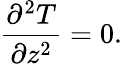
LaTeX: \frac{\partial^{2}T}{\partial z^{2}}=0.